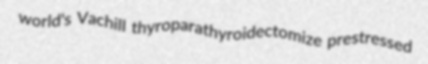
world's Vachill thyroparathyroidectomize prestressed